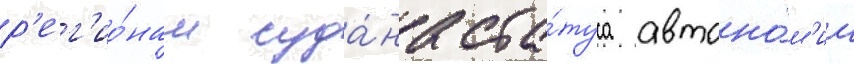
р'ег'ио́нам суда́на ста́туса автоно́м'ии